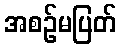
အစဉ်မပြတ်